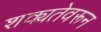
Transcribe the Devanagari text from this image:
शक्यतेवरून